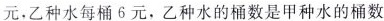
元，乙种水每桶6元，乙种水的桶数是甲种水的桶数